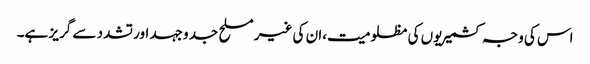
اس کی وجہ کشمیریوں کی مظلومیت،ان کی غیر مسلح جد وجہد اور تشدد سے گریز ہے۔